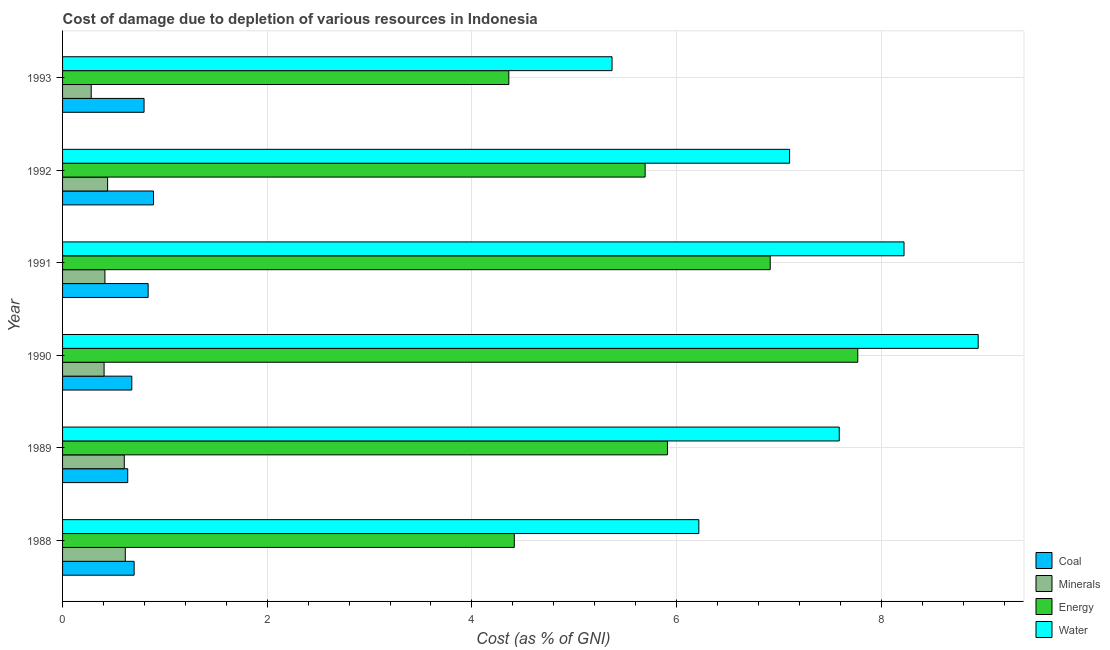
| Year | Coal | Minerals | Energy | Water |
 | --- | --- | --- | --- | --- |
 | 1988 | 0.699 | 0.613 | 4.41 | 6.22 |
 | 1989 | 0.637 | 0.603 | 5.91 | 7.59 |
 | 1990 | 0.677 | 0.406 | 7.77 | 8.95 |
 | 1991 | 0.836 | 0.414 | 6.92 | 8.22 |
 | 1992 | 0.888 | 0.44 | 5.69 | 7.1 |
 | 1993 | 0.796 | 0.28 | 4.36 | 5.37 |